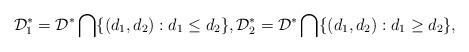
LaTeX: \begin{align*} \mathcal{D}_1^*&=\mathcal{D}^*\bigcap\{(d_1,d_2):d_1\leq d_2\}, \mathcal{D}_2^*=\mathcal{D}^*\bigcap\{(d_1,d_2):d_1\geq d_2\},\end{align*}